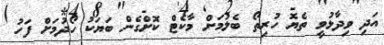
އަދި ވިދާޅުވީ ތެޔޮ ހުރިތޯ ބެލުމަށް މާކެޓް ކޮށްގެން ބަޔަކު ހޯދުމަށް ފަހު